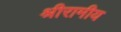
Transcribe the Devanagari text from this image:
श्रीरामीय